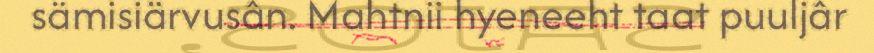
sämisiärvusân. Mahtnii hyeneeht taat puuljâr